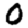
Digit: 0